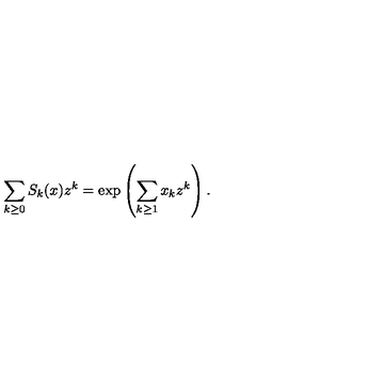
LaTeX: \sum _ { k \geq 0 } S _ { k } ( x ) z ^ { k } = \exp \left( \sum _ { k \geq 1 } x _ { k } z ^ { k } \right) .